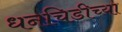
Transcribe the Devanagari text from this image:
धनचिडीच्या